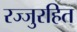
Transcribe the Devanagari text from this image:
रज्जुरहित